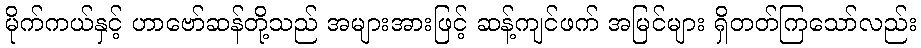
မိုက်ကယ်နှင့် ဟာဗော်ဆန်တို့သည် အများအားဖြင့် ဆန့်ကျင်ဖက် အမြင်များ ရှိတတ်ကြသော်လည်း